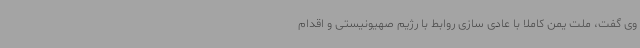
وی گفت، ملت یمن کاملا با عادی سازی روابط با رژیم صهیونیستی و اقدام